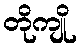
တိုကျို